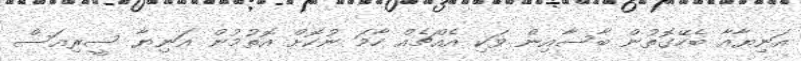
އަނިޔާއާ ބެހޭގޮތުން ބާސާއިން ވަކި އެއްޗެއް ހާމަ ނުކޮށް އޮތުމުން އަނިޔާ ސީރިއަސް